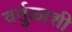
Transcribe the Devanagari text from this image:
वर्तुळाशी